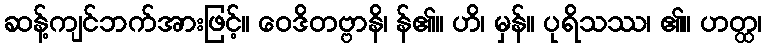
ဆန့်ကျင်ဘက်အားဖြင့်။ ဝေဒိတဗ္ဗာနိ၊ န်၏။ ဟိ၊ မှန်။ ပုရိသဿ၊ ၏။ ဟတ္ထ၊